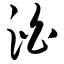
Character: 泊